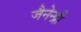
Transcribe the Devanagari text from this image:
जैनेन्द्री